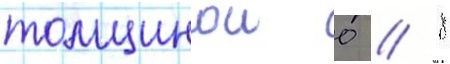
толщинои 0 / 8